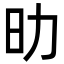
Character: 㫑